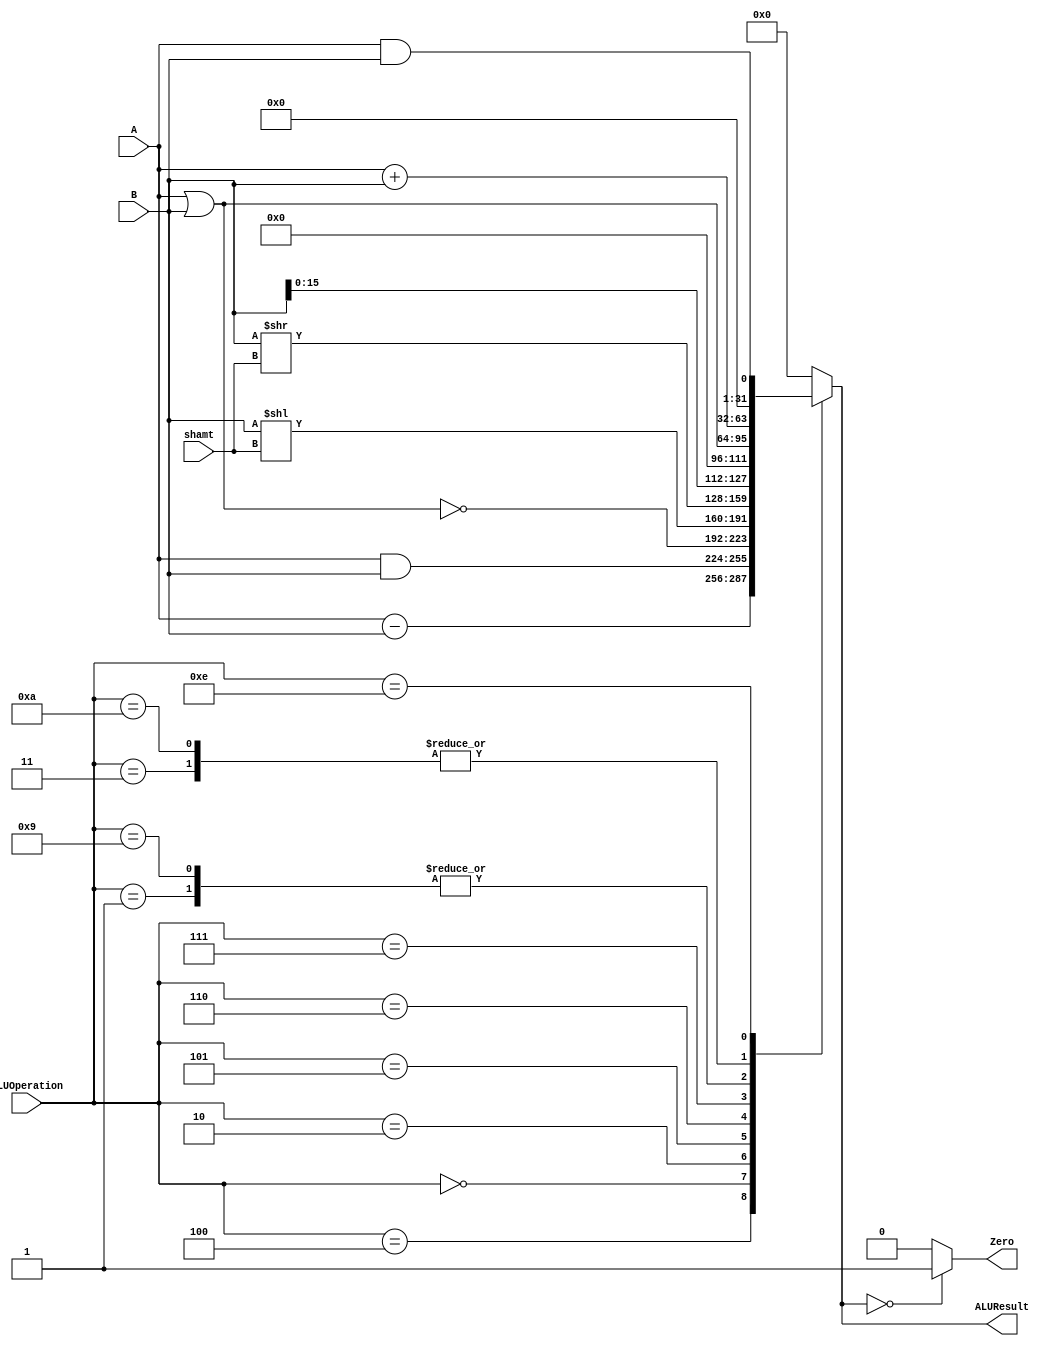
/******************************************************************
* Description
*	This is an 32-bit arithetic logic unit that can execute the next set of operations:
*		add
*		sub
*		or
*		and
*		nor
* This ALU is written by using behavioral description.
* Version:
*	1.0
* Author:
*	Dr. Jos Luis Pizano Escalante
* email:
*	luispizano@iteso.mx
* Date:
*	01/03/2014
******************************************************************/

module ALU 
(
	input [3:0] ALUOperation,
	input [31:0] A,
	input [31:0] B,
	input [4:0] shamt,
	output reg Zero,
	output reg [31:0]ALUResult
);
localparam AND = 4'b0000;
localparam OR  = 4'b0001;
localparam NOR = 4'b0010;
localparam ADD = 4'b0011;
localparam SUB = 4'b0100;
localparam SLL = 4'b0101;
localparam SRL = 4'b0110;
localparam LUI = 4'b0111;

localparam ANDI= 4'b0000;
localparam ORI = 4'b1001;
localparam ADDI= 4'b1010;
localparam LW	= 4'b1011;
localparam SW	= 4'b1100;
localparam BEQ	= 4'b1101;
localparam BNE = 4'b1110;
localparam J	= 4'b1111;
   
   always @ (A or B or ALUOperation)
     begin
		case (ALUOperation)
		  ADD: // add
			ALUResult=A + B;
		  SUB: // sub
			ALUResult=A - B;
		  AND: // and
			ALUResult= A & B;
		  OR: // or
			ALUResult= A | B;
		  NOR: // or
			ALUResult= ~(A|B);
		  SLL:
			ALUResult= B << shamt;  
		  SRL:
			ALUResult= B >> shamt;
		  LUI:
			ALUResult = {B, 16'b0}; 
			
		  ORI:
			ALUResult = A | B;
		  ADDI:
			ALUResult = A + B ;
		  ANDI:
			ALUResult = A & B ;
			
		  BNE:
			ALUResult = A && B;
			//casos
			
		default:
			ALUResult= 0;
		endcase // case(control)
		Zero = (ALUResult==0) ? 1'b1 : 1'b0;
     end // always @ (A or B or control)
endmodule // ALU